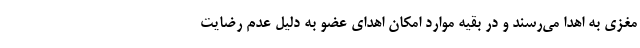
مغزی به اهدا می‌رسند و در بقیه موارد امکان اهدای عضو به دلیل عدم رضایت